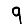
Digit: 9